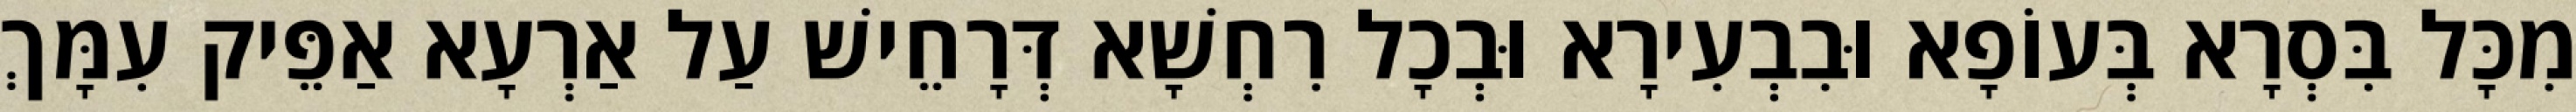
מִכָּל בִּסְרָא בְּעוֹפָא וּבִבְעִירָא וּבְכָל רִחְשָׁא דְּרָחֵישׁ עַל אַרְעָא אַפֵּיק עִמָּךְ